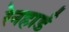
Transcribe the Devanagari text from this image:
रेनहार्ड